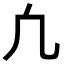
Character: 凢